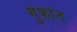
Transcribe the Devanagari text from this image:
गुंफांत